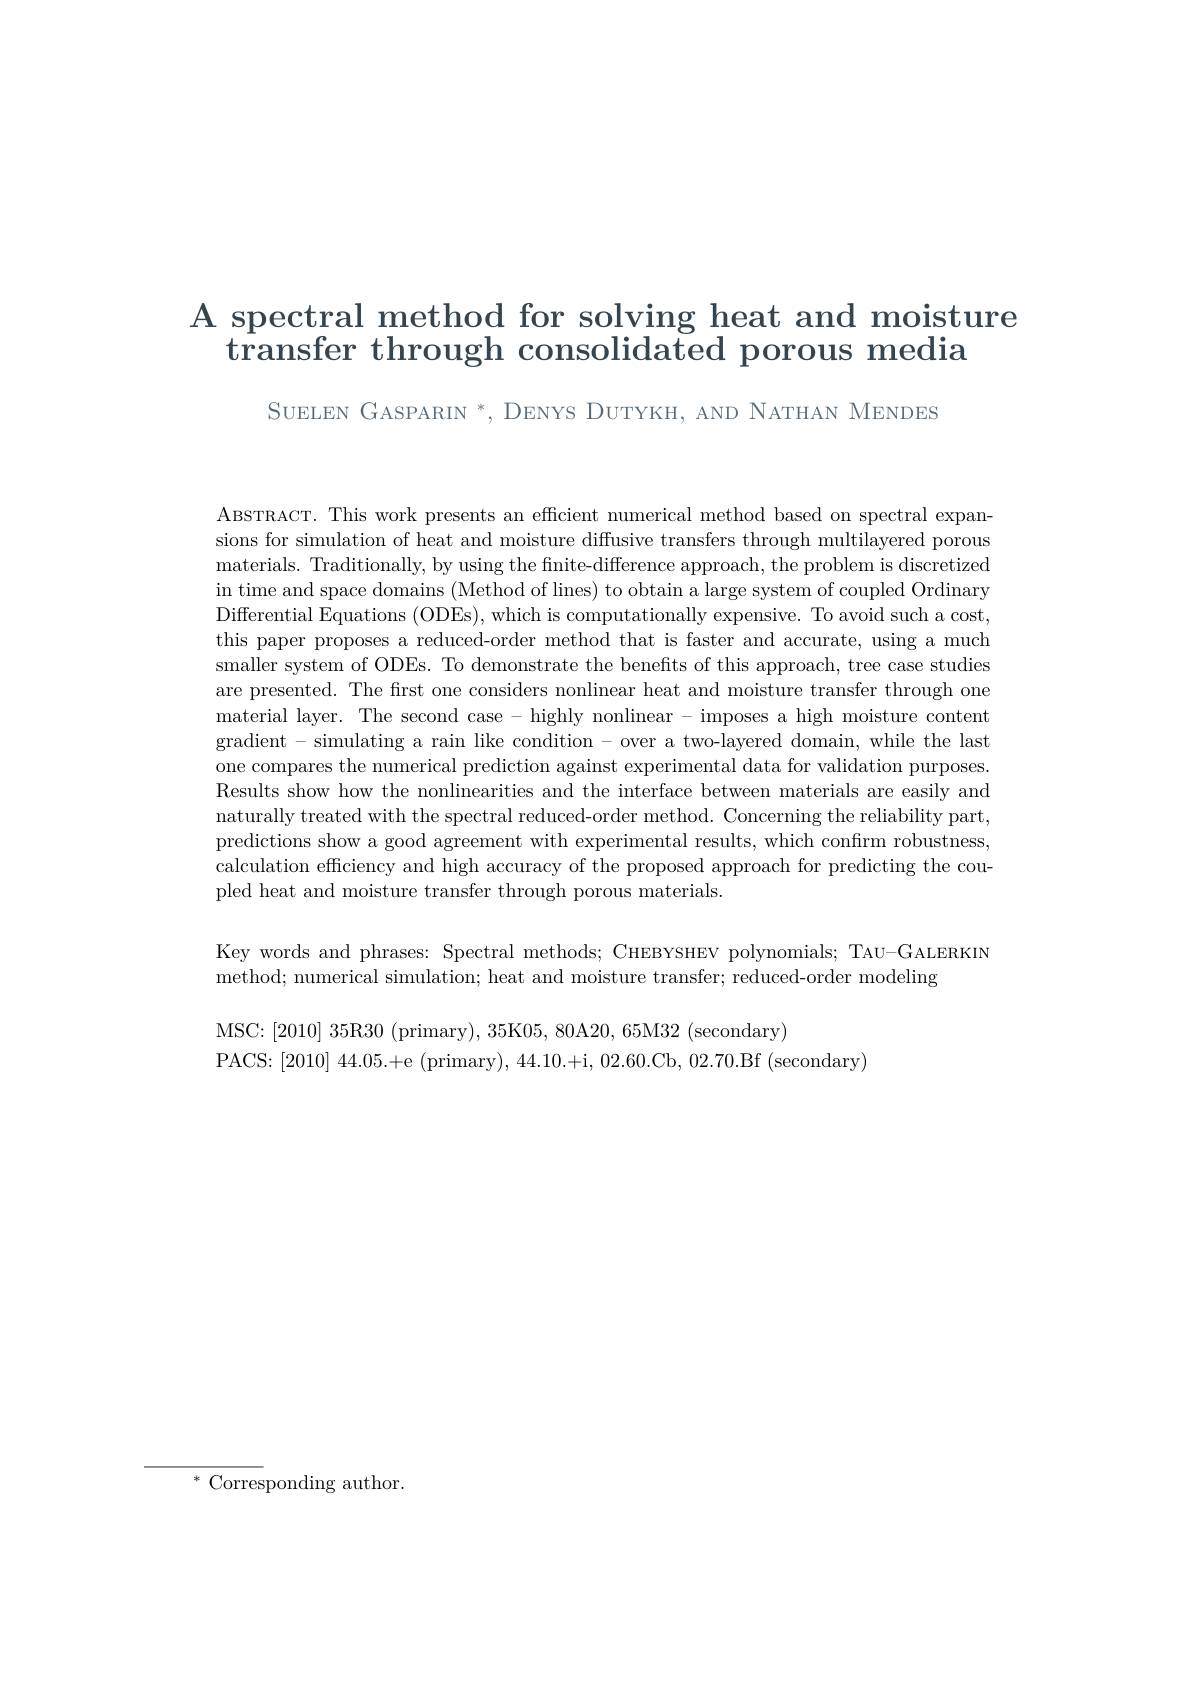
# A spectral method for solving heat and moisture transfer through consolidated porous media

SUELEN GASPARIN *, DENYS DUTYKH, AND NATHAN MENDES

ABSTRACT. This work presents an effcient numerical method based on spectral expansions for simulation of heat and moisture diffusive transfers through multilayered porous materials. Traditionally, by using the finite-difference approach, the problem is discretized in time and space domains (Method of lines) to obtain a large system of coupled Ordinary Differential Equations (ODEs), which is computationally expensive. To avoid such a cost, this paper proposes a reduced-order method that is faster and accurate, using a much smaller system of ODEs. To demonstrate the benefits of this approach, tree case studies are presented. The first one considers nonlinear heat and moisture transfer through one material layer. The second case - highly nonlinear - imposes a high moisture content gradient - simulating a rain like condition - over a two-layered domain, while the last one compares the numerical prediction against experimental data for validation purposes Results show how the nonlinearities and the interface between materials are easily and naturally treated with the spectral reduced-order method. Concerning the reliability part, predictions show a good agreement with experimental results, which confirm robustness, calculation efficiency and high accuracy of the proposed approach for predicting the coupled heat and moisture transfer through porous materials.

Key words and phrases: Spectral methods; CHEBYSHEV polynomials; TAU-GALERKIN
method; numerical simulation; heat and moisture transfer; reduced-order modeling

MSC:[2010] 35R30 (primary), 35K05, 80A20, 65M32 (secondary)
PACS:[2010] 44.05.+e (primary), 44.10.+i, 02.60.Cb, 02.70.Bf (secondary)

$^*$Corresponding author.